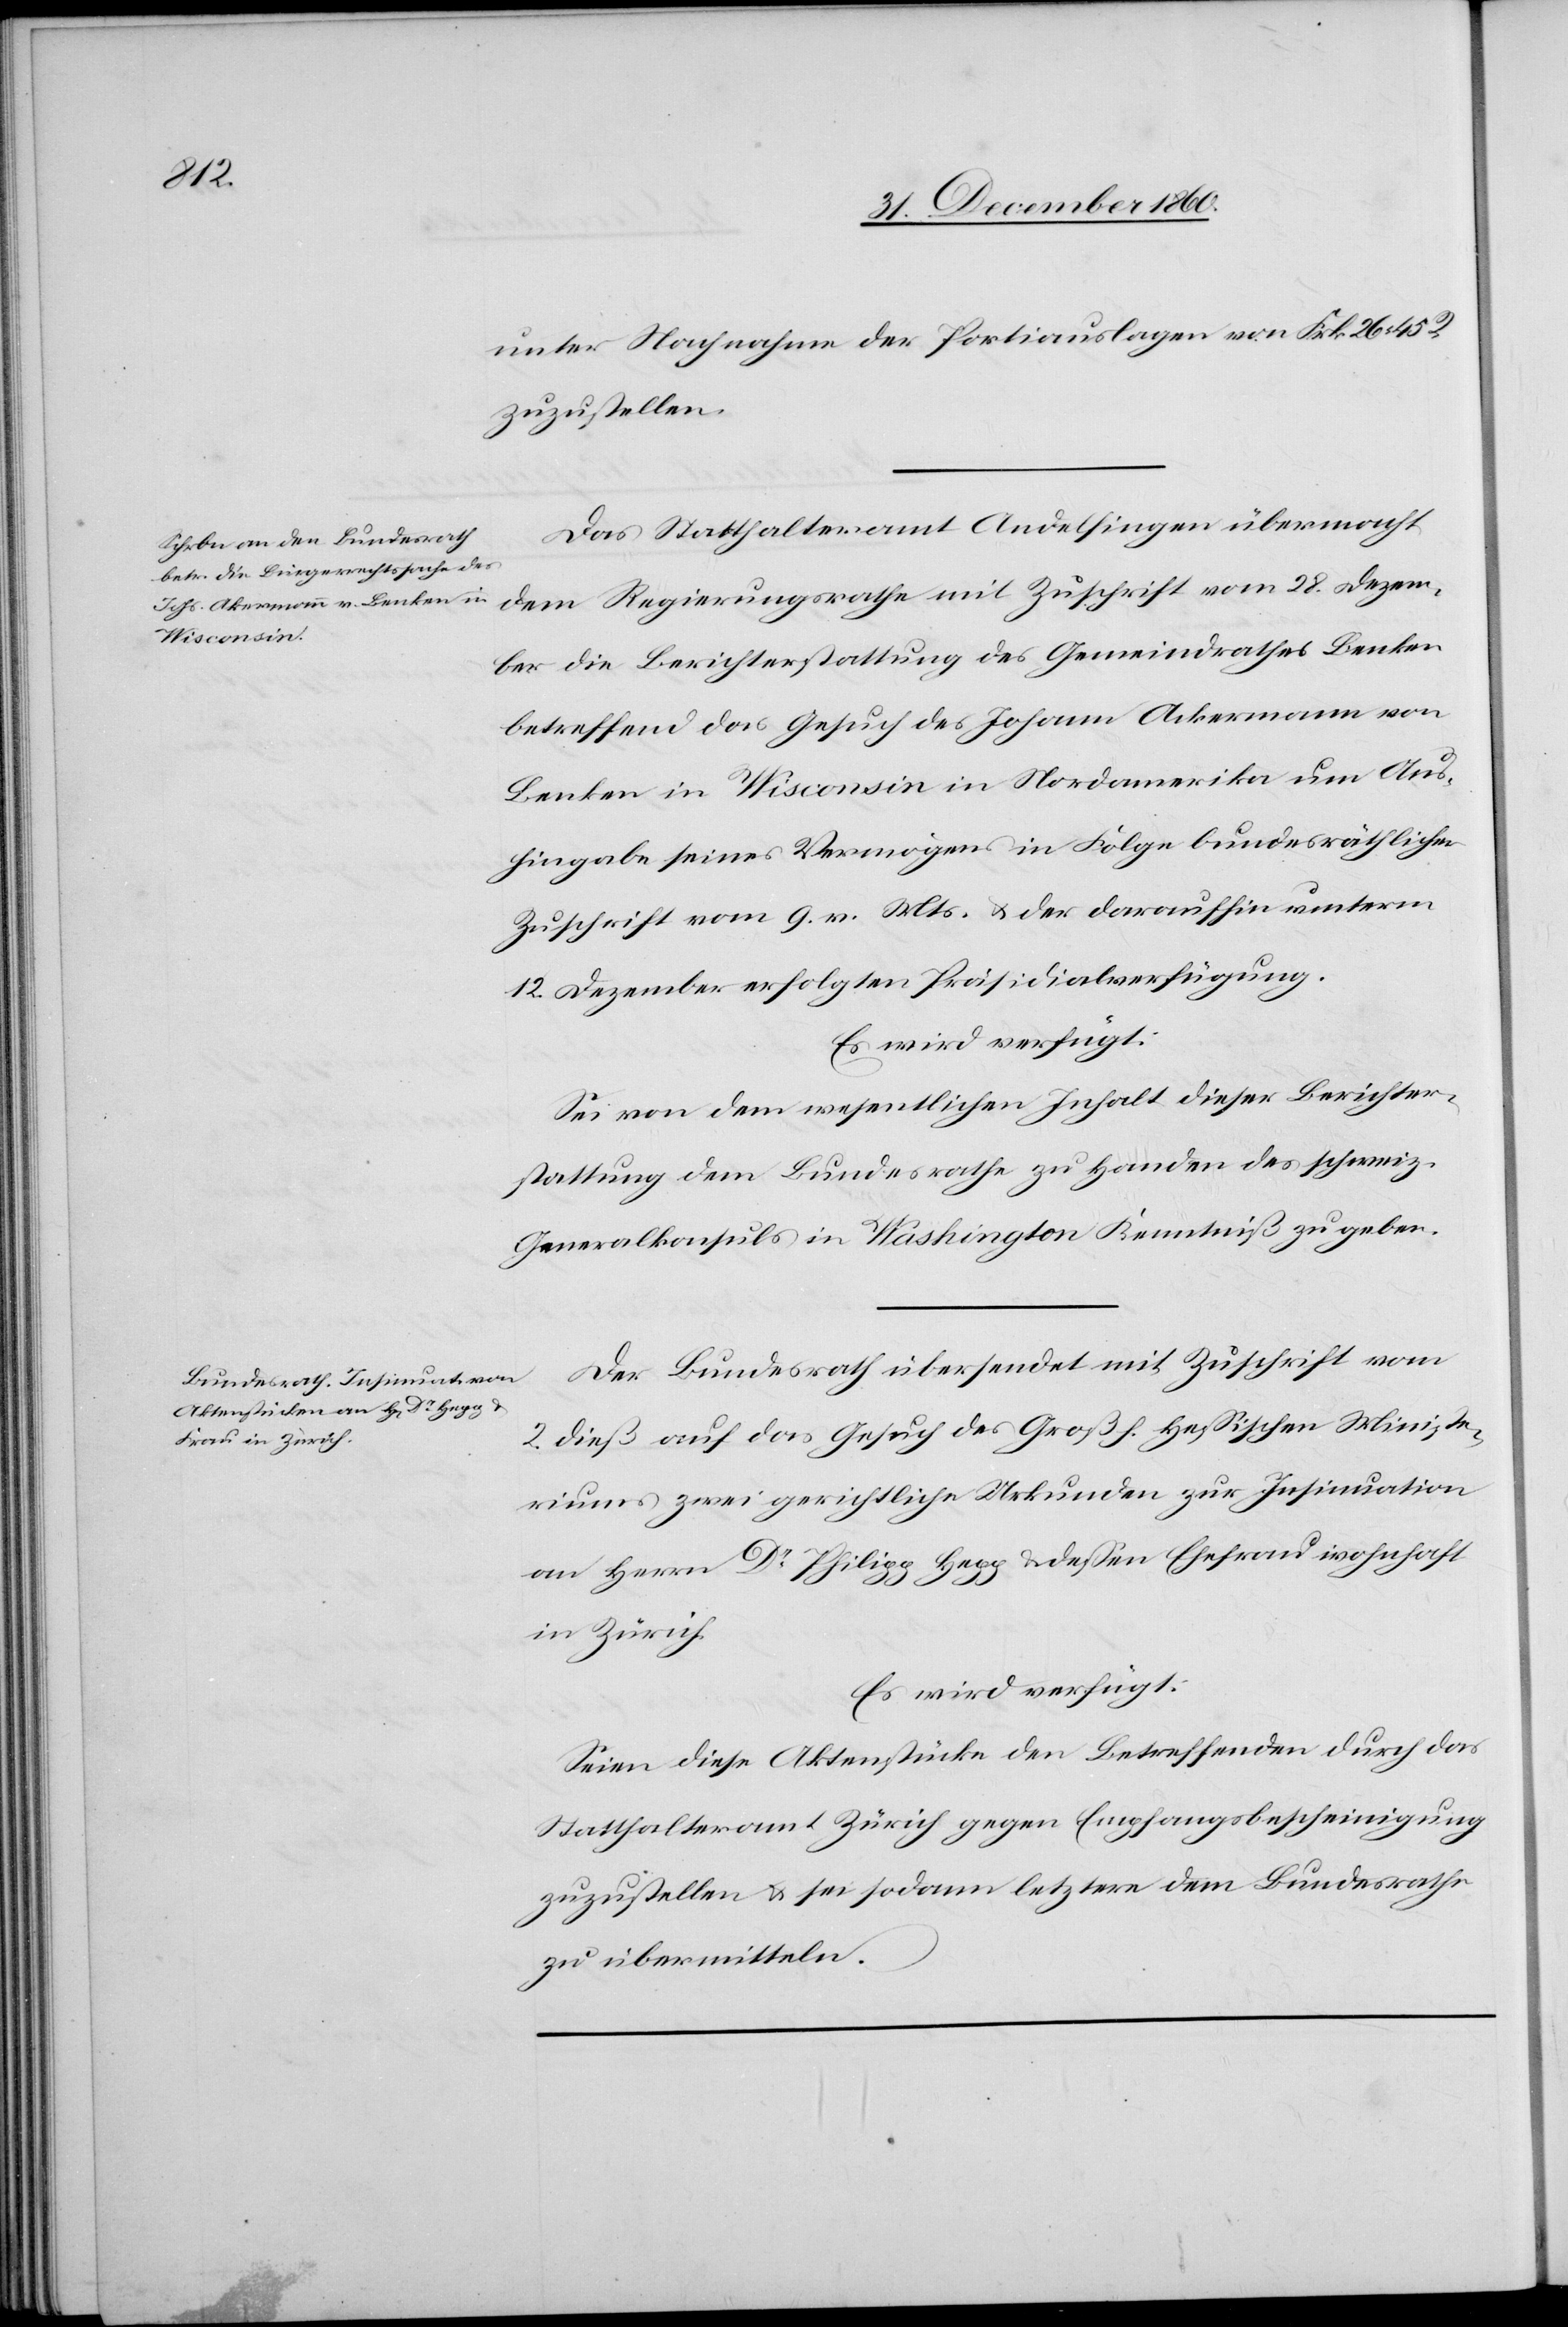
Actum
den

unter Nachnahme der Portiauslagen von Frk. 26 45
zuzustellen.
Das Statthalteramt Andelfingen übermacht
dem Regierungsrathe mit Zuschrift vom 28. Dezem¬
ber die Berichterstattung des Gemeindrathes Benken
betreffend das Gesuch des Johann Ackermann
Benken in Wisconsin in Nordamerika um Aus¬
hingabe seines Vermögens in Folge bundesräthlicher
Zuschrift vom 9. v. Mts. u. der daraufhin unterm
12. Dezember erfolgten Präsidialverfügung.
Es wird verfügt:
Sei von dem wesentlichen Inhalt dieser Berichter¬
stattung dem Bundesrathe zu Handen des schweiz.
Generalkonsuls in Washington Kenntniß zu geben.
Der Bundesrath übersendet mit Zuschrift vom
Januar
2. dieß auf das Gesuch des Großh. Hessischen Ministe¬
riums zwei gerichtliche Urkunden zur Insinuation
an Herrn Dr Philipp Hepp u. dessen Ehefrau wohnhaft
in Zürich.
Es wird verfügt:
Seien diese Aktenstücke den Betreffenden durch das
Statthalteramt Zürich gegen Empfangsbescheinigung
zuzustellen u. sei sodann letztere dem Bundesrathe
zu übermitteln.